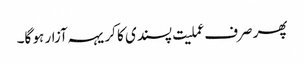
پھر صرف عملیت پسندی کا کریہہ آزار ہو گا۔